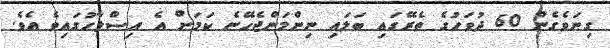
ގިނަވެގެން 60 ދުވަހުގެ ތެރޭގައި ބަލައި ނިންމަންޖެހޭނެ ކަމަށް އެ އިސްލާހުގައިވެ އެވެ.